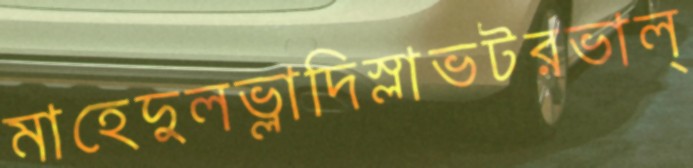
মাহেদুলভ্লাদিস্লাভটরভাল্